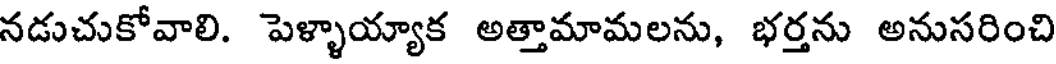
నడుచుకోవాలి. పెళ్ళాయ్యాక అత్తామామలను, భర్తను అనుసరించి